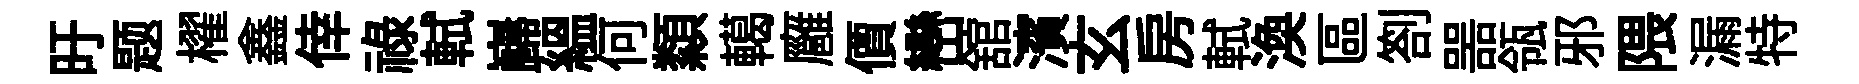
旴题櫂鑫倖祿軾巋緼何纇轕廱價巒舘濱玄房軾渙區劄噐瓴邪隈漏特